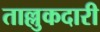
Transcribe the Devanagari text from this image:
ताल्लुकदारी